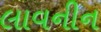
લાવનીન